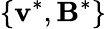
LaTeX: \{ \mathbf{v}^{*},\mathbf{B}^{*}\}